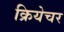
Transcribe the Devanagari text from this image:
क्रियेचर